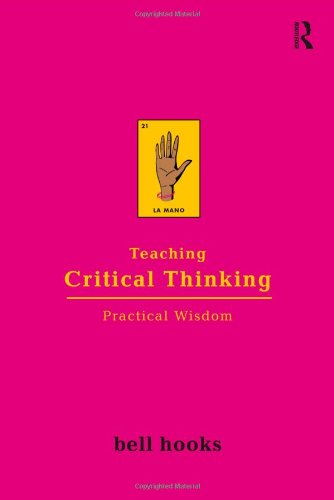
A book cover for Teaching Critical Thinking: Practical Wisdom; bell hooks; Politics & Social Sciences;